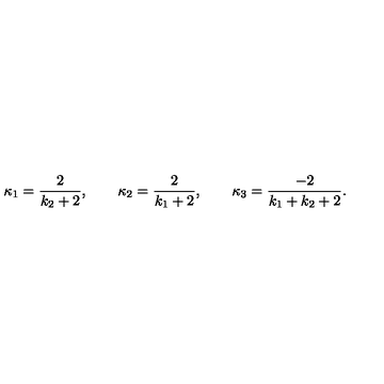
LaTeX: \kappa _ { 1 } = \frac { 2 } { k _ { 2 } + 2 } , \qquad \kappa _ { 2 } = \frac { 2 } { k _ { 1 } + 2 } , \qquad \kappa _ { 3 } = \frac { - 2 } { k _ { 1 } + k _ { 2 } + 2 } .